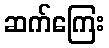
ဆက်ကြေး